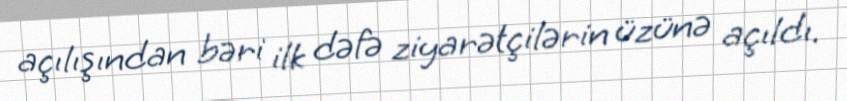
açılışından bəri ilk dəfə ziyarətçilərin üzünə açıldı.